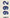
1992